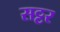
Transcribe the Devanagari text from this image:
सट्टर